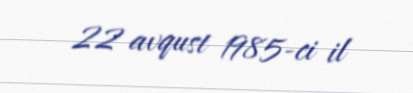
22 avqust 1985-ci il